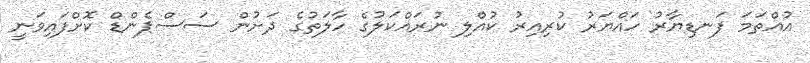
އުއްތަމަ ފަނޑިޔާރު ހައްޔަރު ކުރިއިރު ކުއްލި ނުރައްކަލުގެ ހާލަތުގެ ދަށުން ސަސްޕެންޑް ކޮށްފައިވަނީ